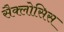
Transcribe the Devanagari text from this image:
सैक्लोसिस